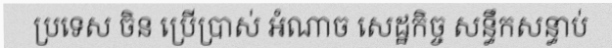
ប្រទេស ចិន ប្រើប្រាស់ អំណាច សេដ្ឋកិច្ច សន្ធឹកសន្ធាប់